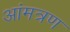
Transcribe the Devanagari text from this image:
आंमत्रण